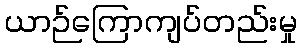
ယာဉ်ကြောကျပ်တည်းမှု